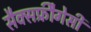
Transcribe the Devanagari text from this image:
सैक्सफ्रीैगेसी